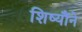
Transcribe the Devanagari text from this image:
शिष्यौंने